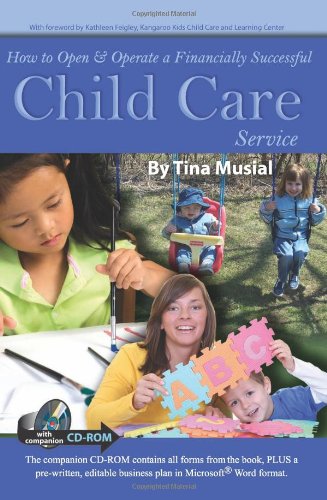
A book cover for How to Open & Operate a Financially Successful Child Care Service: With Companion CD-ROM; Tina Musial; Business & Money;